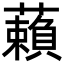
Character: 藾